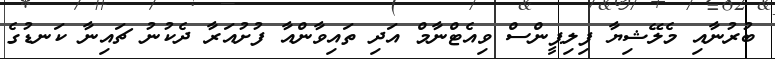
ބުރުނާއި މެލޭޝިޔާ ފިލިޕީންސް ވިއެޓްނާމް އަދި ތައިވާންއާ ފުށުއަރާ ދެކުނު ޗައިނާ ކަނޑުގެ